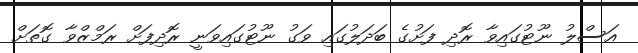
އަސްލު ނޫޓުގައިވާ ރޮދި ފަށުގެ ބަދަލުގައި ވަގު ނޫޓުގައިވަނީ ރޮދިފަށް ރަމްޒްވާ ގޮތަށް